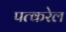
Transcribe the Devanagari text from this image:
पत्करेल